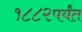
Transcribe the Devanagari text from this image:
१८८२पर्यंत